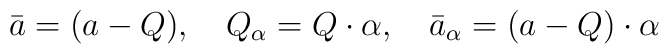
\bar{a}=(a-Q),\quad Q_\alpha =Q\cdot \alpha ,\quad \bar{a}_\alpha=(a-Q)\cdot \alpha